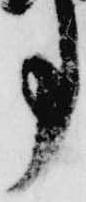
事